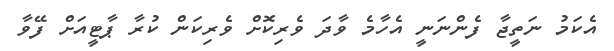
އެކަމު ނަތީޖާ ފެންނަނީ އެހާމެ ވާދަ ވެރިކޮށް ވެރިކަން ކުރާ ޕާޓީއަށް ފޭވާ